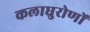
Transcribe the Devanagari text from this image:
कलाधुरोणों